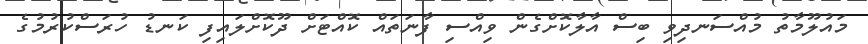
މައުލޫމާތު މުއްސަނދިވި ބިސް އާލާކޮށްގެން ވިއްސި ފާނަތައް ކޮއްޓަށް ދޫކޮށްލައިފި ކަނޑު ހުރަސްކުރުމުގެ